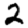
Digit: 2